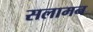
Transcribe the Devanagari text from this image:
सलामन